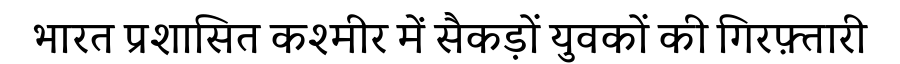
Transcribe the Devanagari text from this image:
भारत प्रशासित कश्मीर में सैकड़ों युवकों की गिरफ़्तारी